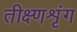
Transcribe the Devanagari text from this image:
तीक्ष्णशृंग